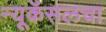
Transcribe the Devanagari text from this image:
न्यूकॅसलचा